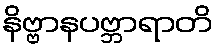
နိဗ္ဗာနပဗ္ဘာရာတိ